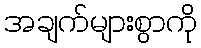
အချက်များစွာကို